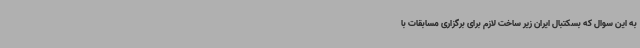
به این سوال که بسکتبال ایران زیر ساخت لازم برای برگزاری مسابقات با